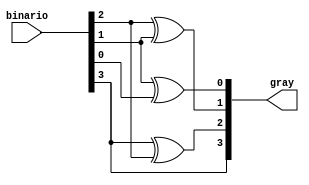
module binario(binario,gray);

input      [3:0]binario;
output reg [3:0]gray;

always@(*)
begin
    gray[3]=binario[3];
    gray[2]=binario[3] ^ binario[2];
    gray[1]=binario[2] ^ binario[1];
    gray[0]=binario[1] ^ binario[0];
end
endmodule